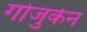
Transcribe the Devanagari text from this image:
गोजुकेन